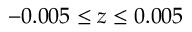
- 0 . 0 0 5 \le z \le 0 . 0 0 5